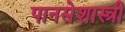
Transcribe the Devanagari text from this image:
पानसेशास्त्री